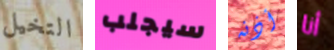
التخيل سيجلب أذنه أنا